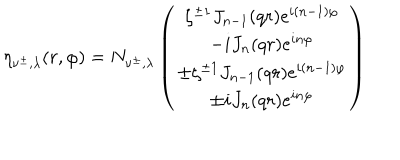
LaTeX: \eta _ { \nu ^ { \pm } , \lambda } ( r , \varphi ) = N _ { \nu ^ { \pm } , \lambda } \left( \begin{matrix} { { \zeta ^ { \pm 1 } J _ { n - 1 } ( q r ) e ^ { i ( n - 1 ) \varphi } } } \\ { { - i J _ { n } ( q r ) e ^ { i n \varphi } } } \\ { { \pm \zeta ^ { \pm 1 } J _ { n - 1 } ( q r ) e ^ { i ( n - 1 ) \varphi } } } \\ { { \pm i J _ { n } ( q r ) e ^ { i n \varphi } } } \\ \end{matrix} \right)